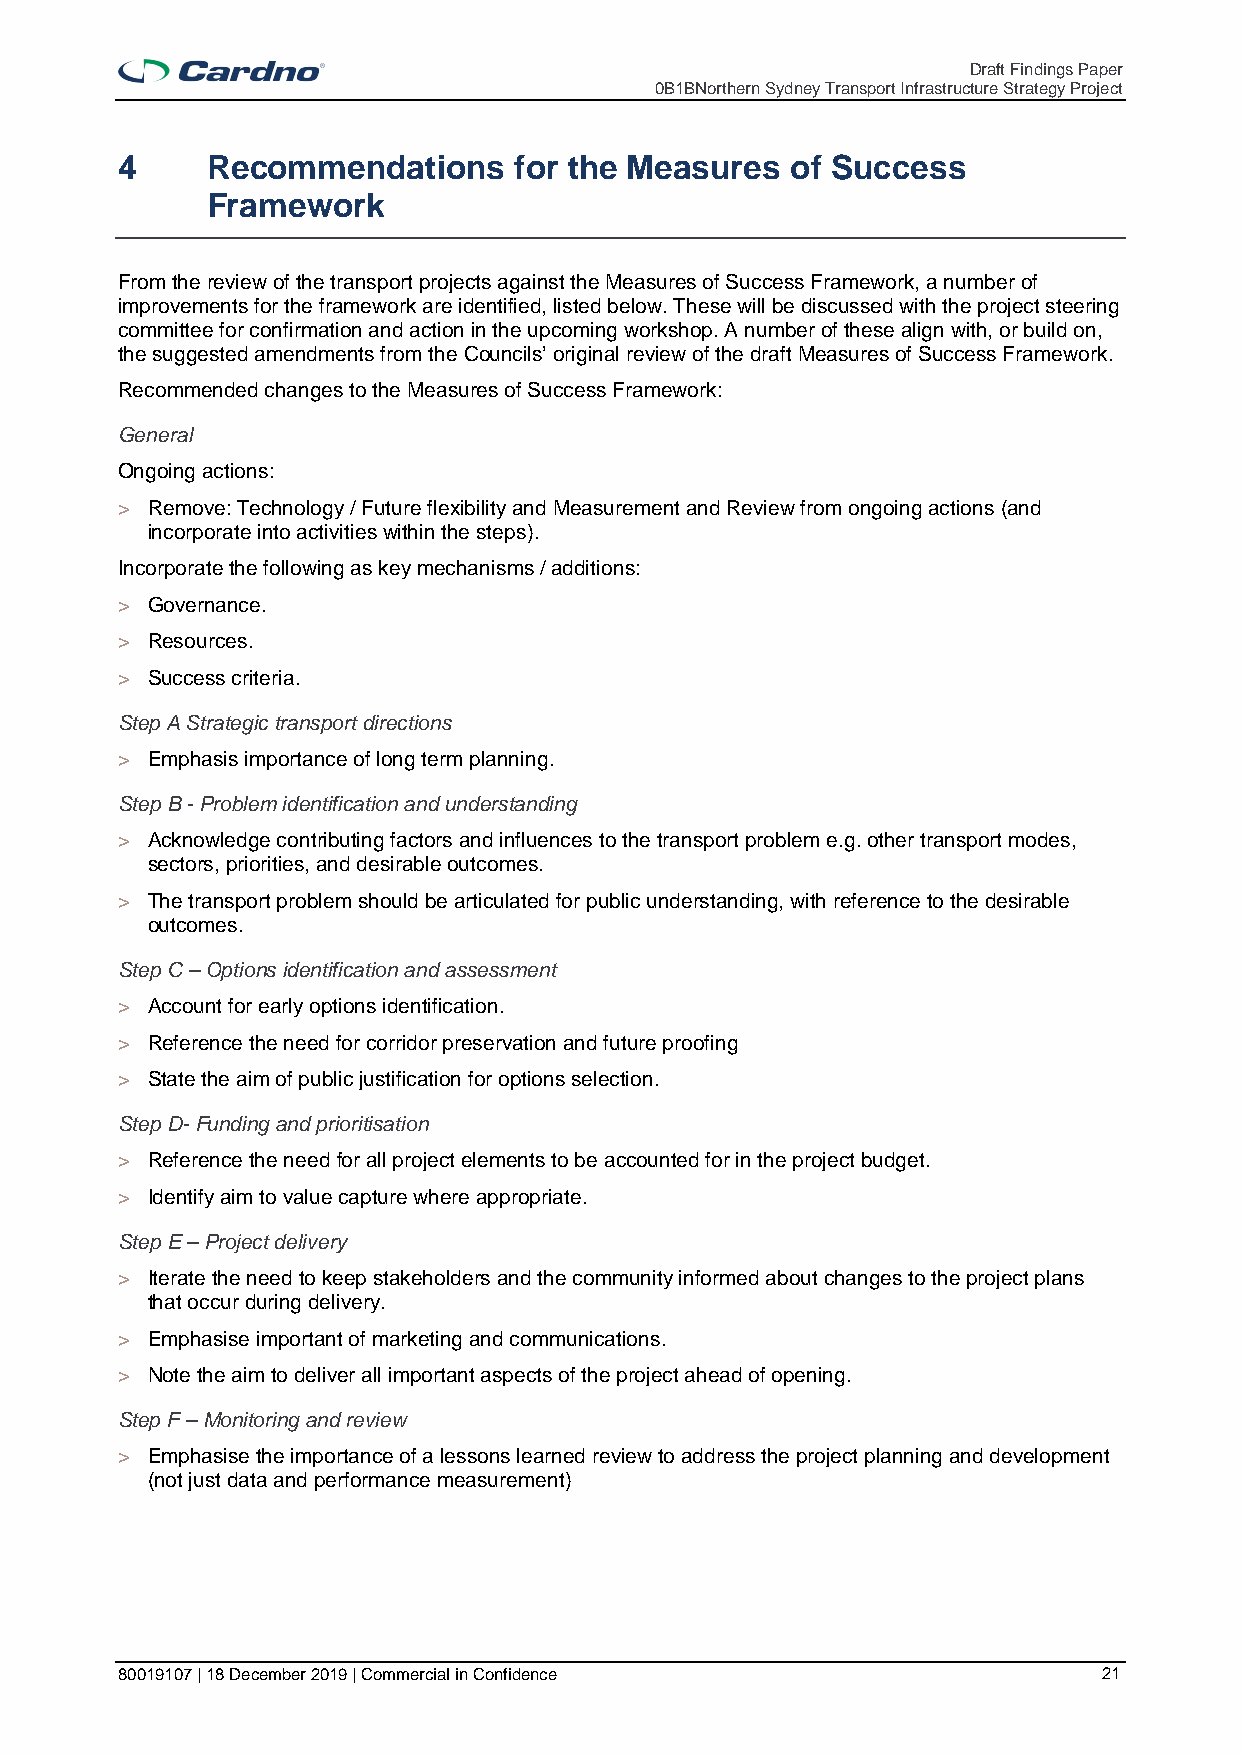
Draft Findings Paper
 0B1BNorthern Sydney Transport Infrastructure Strategy Project
 4     Recommendations     for the Measures  of Success
 Framework
 From the review of the transport projects against the Measures of Success Framework, a number of
 improvements for the framework are identified, listed below. These will be discussed with the project steering
 committee for confirmation and action in the upcoming workshop. A number of these align with, or build on,
 the suggested amendments from the Councils’ original review of the draft Measures of Success Framework.
 Recommended changes to the Measures of Success Framework:
 General
 Ongoing actions:
 > Remove: Technology / Future flexibility and Measurement and Review from ongoing actions (and
 incorporate into activities within the steps).
 Incorporate the following as key mechanisms / additions:
 > Governance.
 > Resources.
 > Success criteria.
 Step A Strategic transport directions
 > Emphasis importance of long term planning.
 Step B - Problem identification and understanding
 > Acknowledge contributing factors and influences to the transport problem e.g. other transport modes,
 sectors, priorities, and desirable outcomes.
 > The transport problem should be articulated for public understanding, with reference to the desirable
 outcomes.
 Step C – Options identification and assessment
 > Account for early options identification.
 > Reference the need for corridor preservation and future proofing
 > State the aim of public justification for options selection.
 Step D- Funding and prioritisation
 > Reference the need for all project elements to be accounted for in the project budget.
 > Identify aim to value capture where appropriate.
 Step E – Project delivery
 > Iterate the need to keep stakeholders and the community informed about changes to the project plans
 that occur during delivery.
 > Emphasise important of marketing and communications.
 > Note the aim to deliver all important aspects of the project ahead of opening.
 Step F – Monitoring and review
 > Emphasise the importance of a lessons learned review to address the project planning and development
 (not just data and performance measurement)
 80019107 | 18 December 2019 | Commercial in Confidence           21